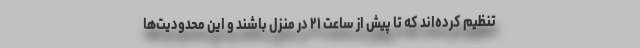
تنظیم کرده‌اند که تا پیش از ساعت ۲١ در منزل باشند و این محدودیت‌ها